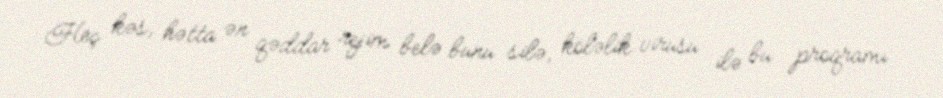
Heç kəs, hətta ən qəddar rejim belə bunu silə, köləlik virusu ilə bu proqramı